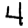
Digit: 4